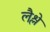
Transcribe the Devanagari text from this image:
लैश्ले